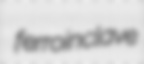
ferroinclave